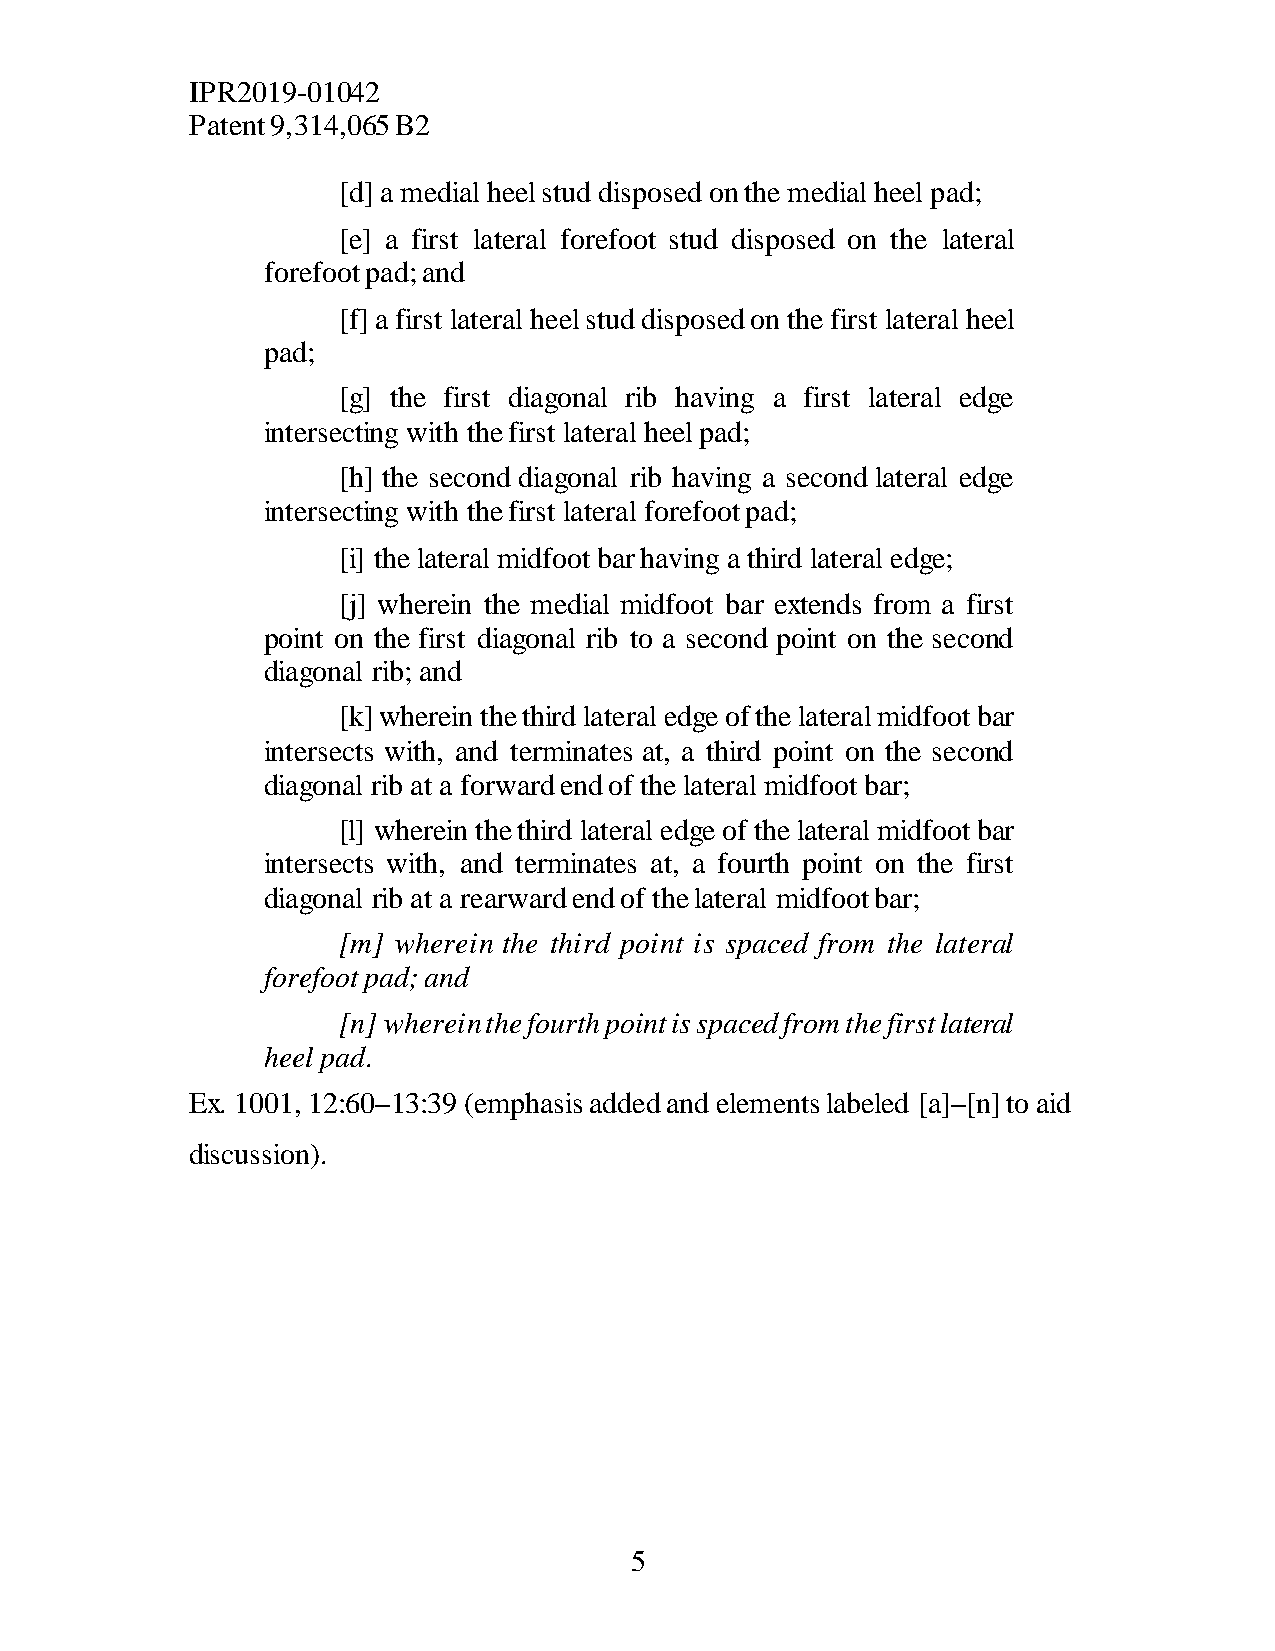
IPR2019-01042
 Patent 9,314,065 B2
 [d] a medial heel stud disposed on the medial heel pad;
 [e] a first lateral forefoot stud disposed on the lateral
 forefoot pad; and
 [f] a first lateral heel stud disposed on the first lateral heel
 pad;
 [g] the first diagonal rib having a first lateral edge
 intersecting with the first lateral heel pad;
 [h] the second diagonal rib having a second lateral edge
 intersecting with the first lateral forefoot pad;
 [i] the lateral midfoot bar having a third lateral edge;
 [j] wherein the medial midfoot bar extends from a first
 point on the first diagonal rib to a second point on the second
 diagonal rib; and
 [k] wherein the third lateral edge of the lateral midfoot bar
 intersects with, and terminates at, a third point on the second
 diagonal rib at a forward end of the lateral midfoot bar;
 [l] wherein the third lateral edge of the lateral midfoot bar
 intersects with, and terminates at, a fourth point on the first
 diagonal rib at a rearward end of the lateral midfoot bar;
 [m] wherein the third point is spaced from the lateral
 forefoot pad; and
 [n] wherein the fourth point is spaced from the first lateral
 heel pad.
 Ex. 1001, 12:60–13:39 (emphasis added and elements labeled [a]–[n] to aid
 discussion).
 5